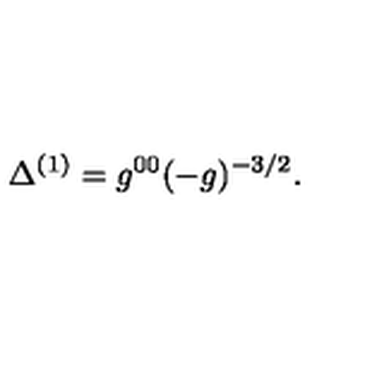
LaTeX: \Delta ^ { ( 1 ) } = g ^ { 0 0 } ( - g ) ^ { - 3 / 2 } .